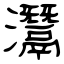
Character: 灊